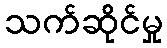
သက်ဆိုင်မှု